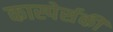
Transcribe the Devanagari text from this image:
कास्पेर्सकी